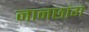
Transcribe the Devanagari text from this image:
नानछांग